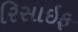
રિસાઇફ